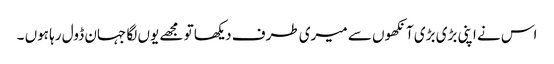
اس نے اپنی بڑی بڑی آنکھوں سے میری طرف دیکھا تو مجھے یوں لگا جہان ڈول رہا ہوں ۔